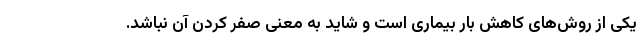
یکی از روش‌های کاهش بار بیماری است و شاید به معنی صفر کردن آن نباشد.